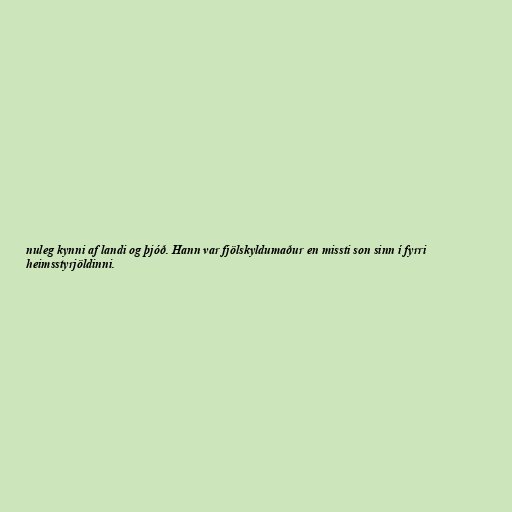
nuleg kynni af landi og þjóð. Hann var fjölskyldumaður en missti son sinn í fyrri
heimsstyrjöldinni.